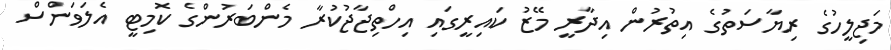
މަޖިލީހުގެ ރިޔާސަތުގެ އިތުރުން އިދާރީ މޭޒު ކައިރީގައި އިހްތިޖާޖުކުރާ މެންބަރުންގެ ކޮމިޓީ އެލަވަންސް